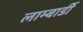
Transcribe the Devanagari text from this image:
लाम्बार्डी